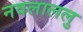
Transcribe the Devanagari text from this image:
नवलाललु